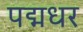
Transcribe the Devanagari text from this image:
पद्मधर